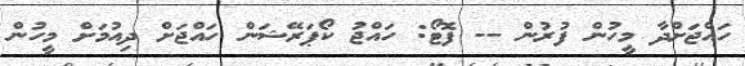
ހައްޖަށްދާ މީހުން ފުރުން -- ފޮޓޯ: ހައްޖު ކޯޕަރޭޝަން ހައްޖަށް ދިއުމަށް މީހުން